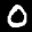
Label: 0